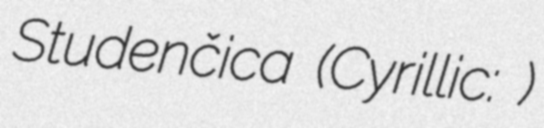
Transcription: Studenčica (Cyrillic: Студенчица)